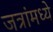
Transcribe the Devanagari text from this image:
जत्रांमध्ये